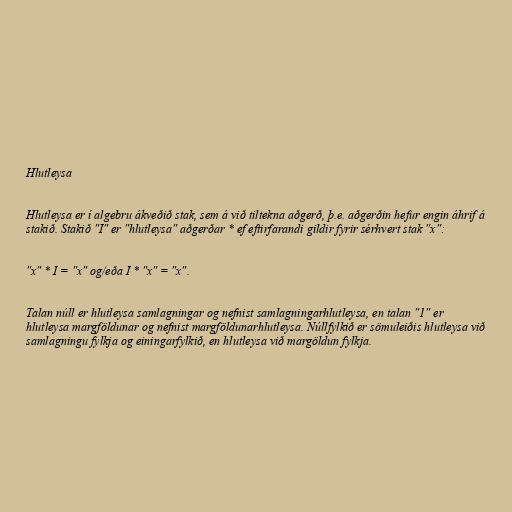
Hlutleysa

Hlutleysa er í algebru ákveðið stak, sem á við tiltekna aðgerð, þ.e. aðgerðin hefur engin áhrif á
stakið. Stakið "I" er "hlutleysa" aðgerðar * ef eftirfarandi gildir fyrir sérhvert stak "x":

"x" * I = "x" og/eða I * "x" = "x".

Talan núll er hlutleysa samlagningar og nefnist samlagningarhlutleysa, en talan "1" er
hlutleysa margföldunar og nefnist margföldunarhlutleysa. Núllfylkið er sömuleiðis hlutleysa við
samlagningu fylkja og einingarfylkið, en hlutleysa við margöldun fylkja.